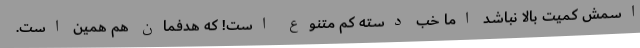
اسمش کمیت بالا نباشد اما خب دسته کم متنوع است! که هدفمان هم همین است.